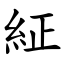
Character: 䋊